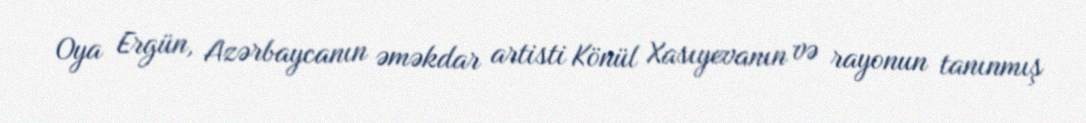
Oya Ergün, Azərbaycanın əməkdar artisti Könül Xasıyevanın və rayonun tanınmış